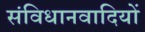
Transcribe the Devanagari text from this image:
संविधानवादियों